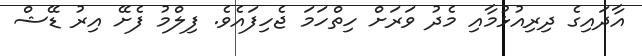
އާދައިގެ ދިރިއުޅުމާއި މެދު ވަރަށް ހިތްހަމަ ޖެހިފައެވެ. ފިލްމު ފެށޭ އިރު ޑޭޝް